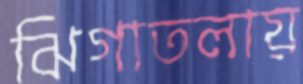
ঝিগাতলায়